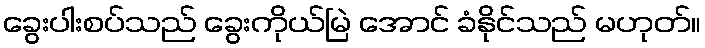
ခွေးပါးစပ်သည် ခွေးကိုယ်မြဲ အောင် ခံနိုင်သည် မဟုတ်။